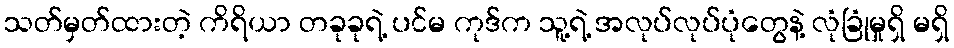
သတ်မှတ်ထားတဲ့ ကိရိယာ တခုခုရဲ့ ပင်မ ကုဒ်က သူ့ရဲ့ အလုပ်လုပ်ပုံတွေနဲ့ လုံခြုံမှုရှိ မရှိ